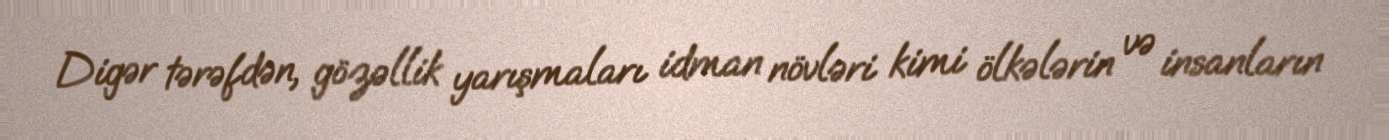
Digər tərəfdən, gözəllik yarışmaları idman növləri kimi ölkələrin və insanların